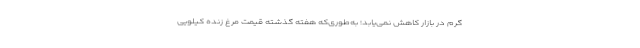
گرم در بازار کاهش نمی‌یابد؛ به‌طوری‌که هفته گذشته قیمت مرغ زنده کیلویی